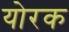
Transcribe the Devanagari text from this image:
योरक